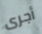
أجرى